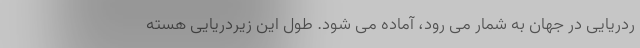
ردریایی در جهان به شمار می رود، آماده می شود. طول این زیردریایی هسته